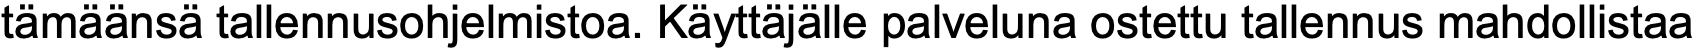
tämäänsä tallennusohjelmistoa. Käyttäjälle palveluna ostettu tallennus mahdollistaa